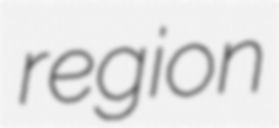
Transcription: region